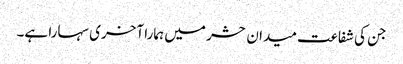
جن کی شفاعت میدان حشر میں ہمارا آخری سہارا ہے۔